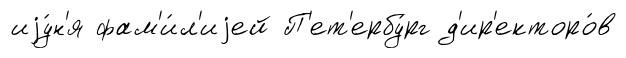
иjу́н'я фам'и́л'иjей П'ет'ербу́рг д'ир'екторо́в